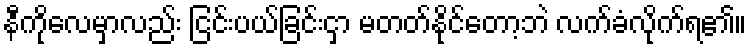
နီကိုလေမှာလည်း ငြင်းပယ်ခြင်းငှာ မတတ်နိုင်တော့ဘဲ လက်ခံလိုက်ရ၏။